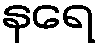
နရေ